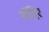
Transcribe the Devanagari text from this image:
मॅदिर